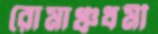
রোমাঞ্চধর্মী